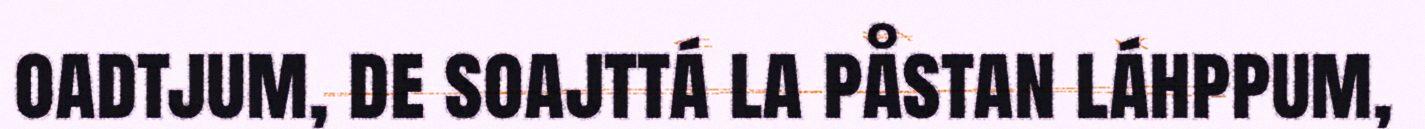
oadtjum, de soajttá la påstan láhppum,